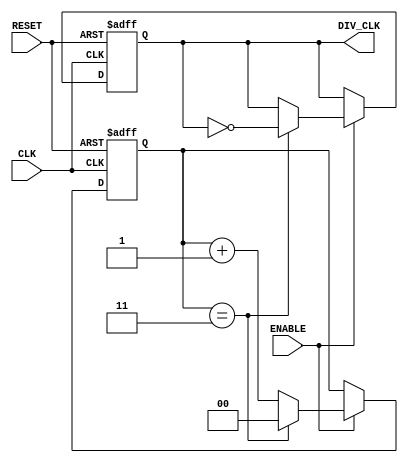
module frequency_divider_counter #(
    parameter M = 4 // Division factor (default value is 4)
)(
    input wire CLK,           // Clock input
    input wire RESET,         // Asynchronous reset
    input wire ENABLE,        // Enable signal
    output reg DIV_CLK        // Divided clock output
);

    // Calculate the number of bits needed for the counter
    localparam N = $clog2(M); // Number of bits for counter

    reg [N-1:0] counter;       // Counter register

    always @(posedge CLK or posedge RESET) begin
        if (RESET) begin
            counter <= 0;      // Reset counter to zero
            DIV_CLK <= 0;      // Reset output clock
        end else if (ENABLE) begin
            if (counter == M-1) begin
                counter <= 0;   // Reset counter
                DIV_CLK <= ~DIV_CLK; // Toggle output clock
            end else begin
                counter <= counter + 1; // Increment counter
            end
        end
    end

endmodule